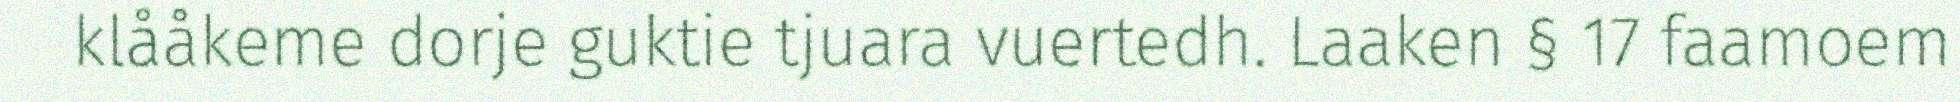
klååkeme dorje guktie tjuara vuertedh. Laaken § 17 faamoem